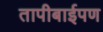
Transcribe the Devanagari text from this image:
तापीबाईपण